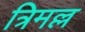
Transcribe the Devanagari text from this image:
त्रिमल्ल